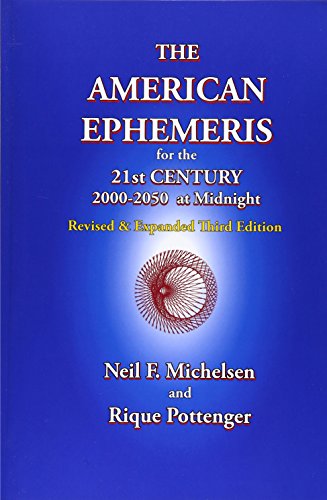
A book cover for The American Ephemeris for the 21st Century, 2000-2050 at Midnight; Neil F. Michelsen; Religion & Spirituality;